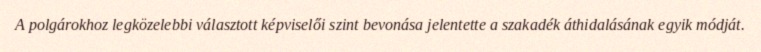
A polgárokhoz legközelebbi választott képviselői szint bevonása jelentette a szakadék áthidalásának egyik módját.